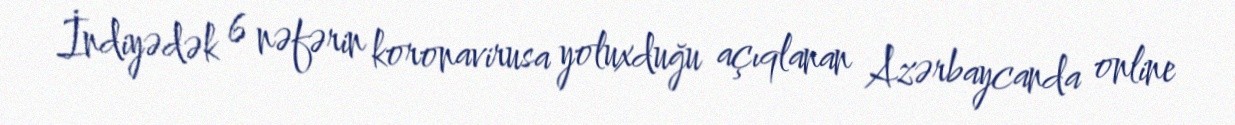
İndiyədək 6 nəfərin koronavirusa yoluxduğu açıqlanan Azərbaycanda online